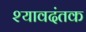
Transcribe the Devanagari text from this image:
श्यावदंतक